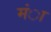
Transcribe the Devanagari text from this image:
मंा